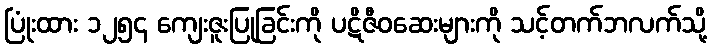
ပြုံးထား ၁၂၅၄ ကျေးဇူးပြုခြင်းကို ပဋိဇီဝဆေးများကို သင့်တက်ဘလက်သို့